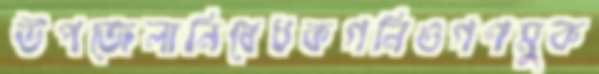
উপজেলানিষেধকগনিওগণমুক